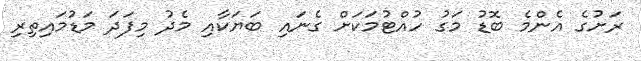
ރަށުގެ އެންމެ ބޮޑު މަގު ހުއްޓުމަކަށް ގެނައި ބަޔަކާއި މެދު މިފަދަ މަޑުމައިތިރި